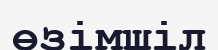
өзімшіл